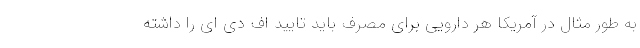
به طور مثال در آمریکا هر دارویی برای مصرف باید تایید اف دی ای را داشته